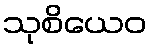
သုစိယေဝ